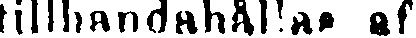
tillhandahållas af